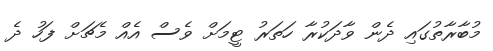
މުބާރާތުގައި ދެން ވާދަކުރާ ހަތަރު ޓީމަށް ވެސް އެއް މެޗަށް ފަހު ދެ